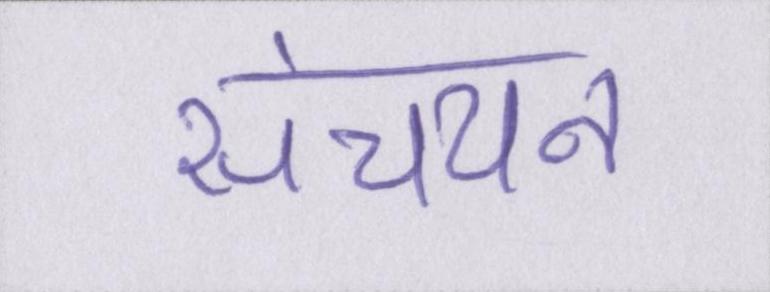
संचयन